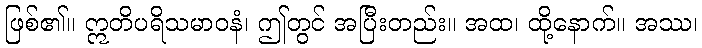
ဖြစ်၏။ ဣတိပရိသမာဝနံ၊ ဤတွင် အပြီးတည်း။ အထ၊ ထို့နောက်။ အဿ၊